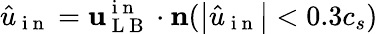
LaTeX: \hat{u}_{\mathrm{~i~n~}}=\mathbf{u}_{\mathrm{~L~B~}}^{\mathrm{~i~n~}}\cdot\mathbf{n}(\left|\hat{u}_{\mathrm{~i~n~}}\right|<0.3c_{s})